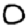
Digit: 0